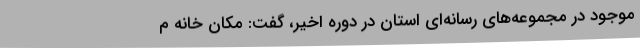
موجود در مجموعه‌های رسانه‌ای استان در دوره اخیر، گفت: مکان خانه م